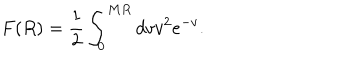
F ( R ) = \frac { 1 } { 2 } \int _ { 0 } ^ { M R } d v v ^ { 2 } e ^ { - v } .